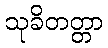
သုခိတတ္တာ